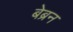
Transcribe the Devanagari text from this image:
बेब्रन